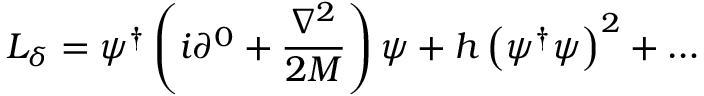
{ { \cal L } } _ { \delta } = \psi ^ { \dagger } \left( i \partial ^ { 0 } + { \frac { { \nabla } ^ { 2 } } { 2 M } } \right) \psi + h \left( \psi ^ { \dagger } \psi \right) ^ { 2 } + \dots